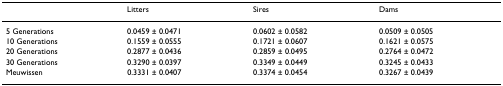
<table><thead><tr><td></td><td><b>Litters</b></td><td><b>Sires</b></td><td><b>Dams</b></td></tr></thead><tbody><tr><td>5 Generations</td><td>0.0459 ± 0.0471</td><td>0.0602 ± 0.0582</td><td>0.0509 ± 0.0505</td></tr><tr><td>10 Generations</td><td>0.1559 ± 0.0555</td><td>0.1721 ± 0.0607</td><td>0.1621 ± 0.0575</td></tr><tr><td>20 Generations</td><td>0.2877 ± 0.0436</td><td>0.2859 ± 0.0495</td><td>0.2764 ± 0.0472</td></tr><tr><td>30 Generations</td><td>0.3290 ± 0.0397</td><td>0.3349 ± 0.0449</td><td>0.3245 ± 0.0433</td></tr><tr><td>Meuwissen</td><td>0.3331 ± 0.0407</td><td>0.3374 ± 0.0454</td><td>0.3267 ± 0.0439</td></tr></tbody></table>